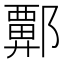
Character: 𫑬